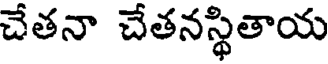
చేతనా చేతనస్థితాయ